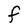
Character: F